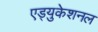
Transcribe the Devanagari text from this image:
एड्युकेशनल